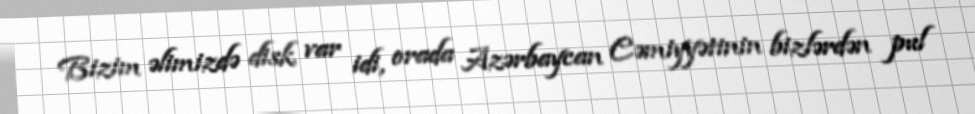
Bizim əlimizdə disk var idi, orada Azərbaycan Cəmiyyətinin bizlərdən pul